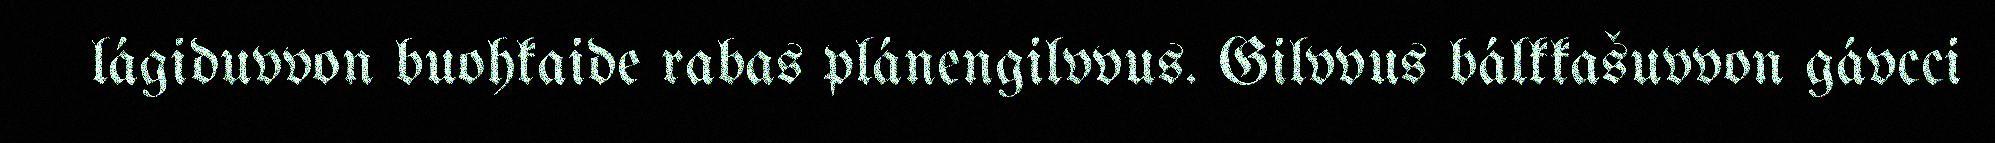
lágiduvvon buohkaide rabas plánengilvvus. Gilvvus bálkkašuvvon gávcci